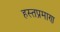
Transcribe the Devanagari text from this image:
हस्तप्रमाण